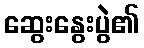
ဆွေးနွေးပွဲ၏